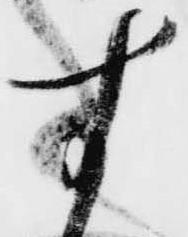
す